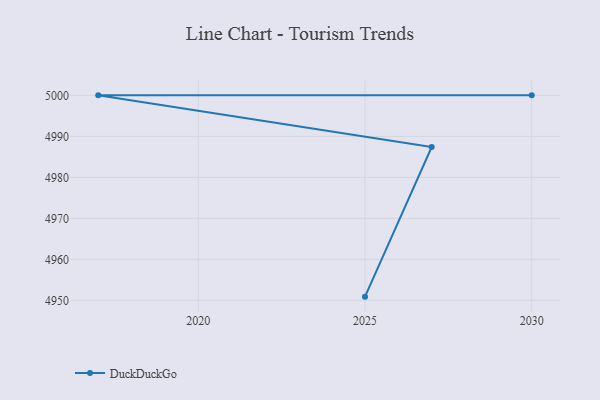
{"axis": {"x": "Year", "y": "Production Output"}, "legend": ["DuckDuckGo"], "data": [{"x": "2025", "y": 4950.9, "type": "DuckDuckGo"}, {"x": "2027", "y": 4987.4, "type": "DuckDuckGo"}, {"x": "2017", "y": 5000, "type": "DuckDuckGo"}, {"x": "2030", "y": 5000, "type": "DuckDuckGo"}]}